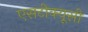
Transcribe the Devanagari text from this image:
एसटीक्यूसी